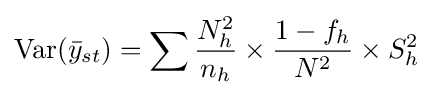
\operatorname {Var} ({\bar {y}}_{st})=\sum {\frac {N_{h}^{2}}{n_{h}}}\times {\frac {1-f_{h}}{N^{2}}}\times S_{h}^{2}